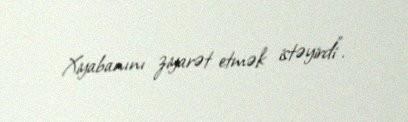
Xiyabanını ziyarət etmək istəyirdi”.